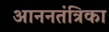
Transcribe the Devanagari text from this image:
आननतंत्रिका